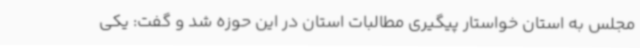
مجلس به استان خواستار پیگیری مطالبات استان در این حوزه شد و گفت: یکی